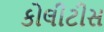
કોલીટીસ